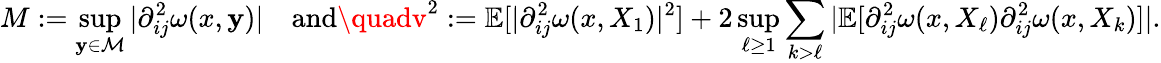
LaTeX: M:=\operatorname*{sup}_{\mathbf{y}\in\mathcal{{M}}}\vert\partial_{ij}^{2}\omega(x,\mathbf{y})\vert\quad\mathrm{{and}}\quadv^{2}:=\mathbb{{E}}[\vert\partial_{ij}^{2}\omega(x,X_{1})\vert^{2}]+2\operatorname*{sup}_{\ell\geq1}\sum_{k>\ell}\vert\mathbb{{E}}[\partial_{ij}^{2}\omega(x,X_{\ell})\partial_{ij}^{2}\omega(x,X_{k})]\vert.